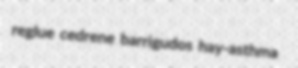
reglue cedrene barrigudos hay-asthma